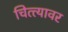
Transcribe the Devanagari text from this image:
चित्त्यावर